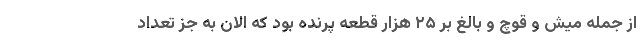
از جمله میش و قوچ و بالغ بر ۲۵ هزار قطعه پرنده بود که الان به جز تعداد